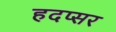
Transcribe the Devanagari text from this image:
हदप्सर